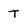
Character: T